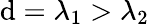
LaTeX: \mathrm{d}=\lambda_{1}>\lambda_{2}